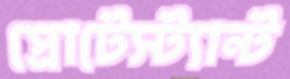
প্রোটেস্ট্যান্ট